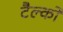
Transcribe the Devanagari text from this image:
टैल्को